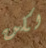
لكن